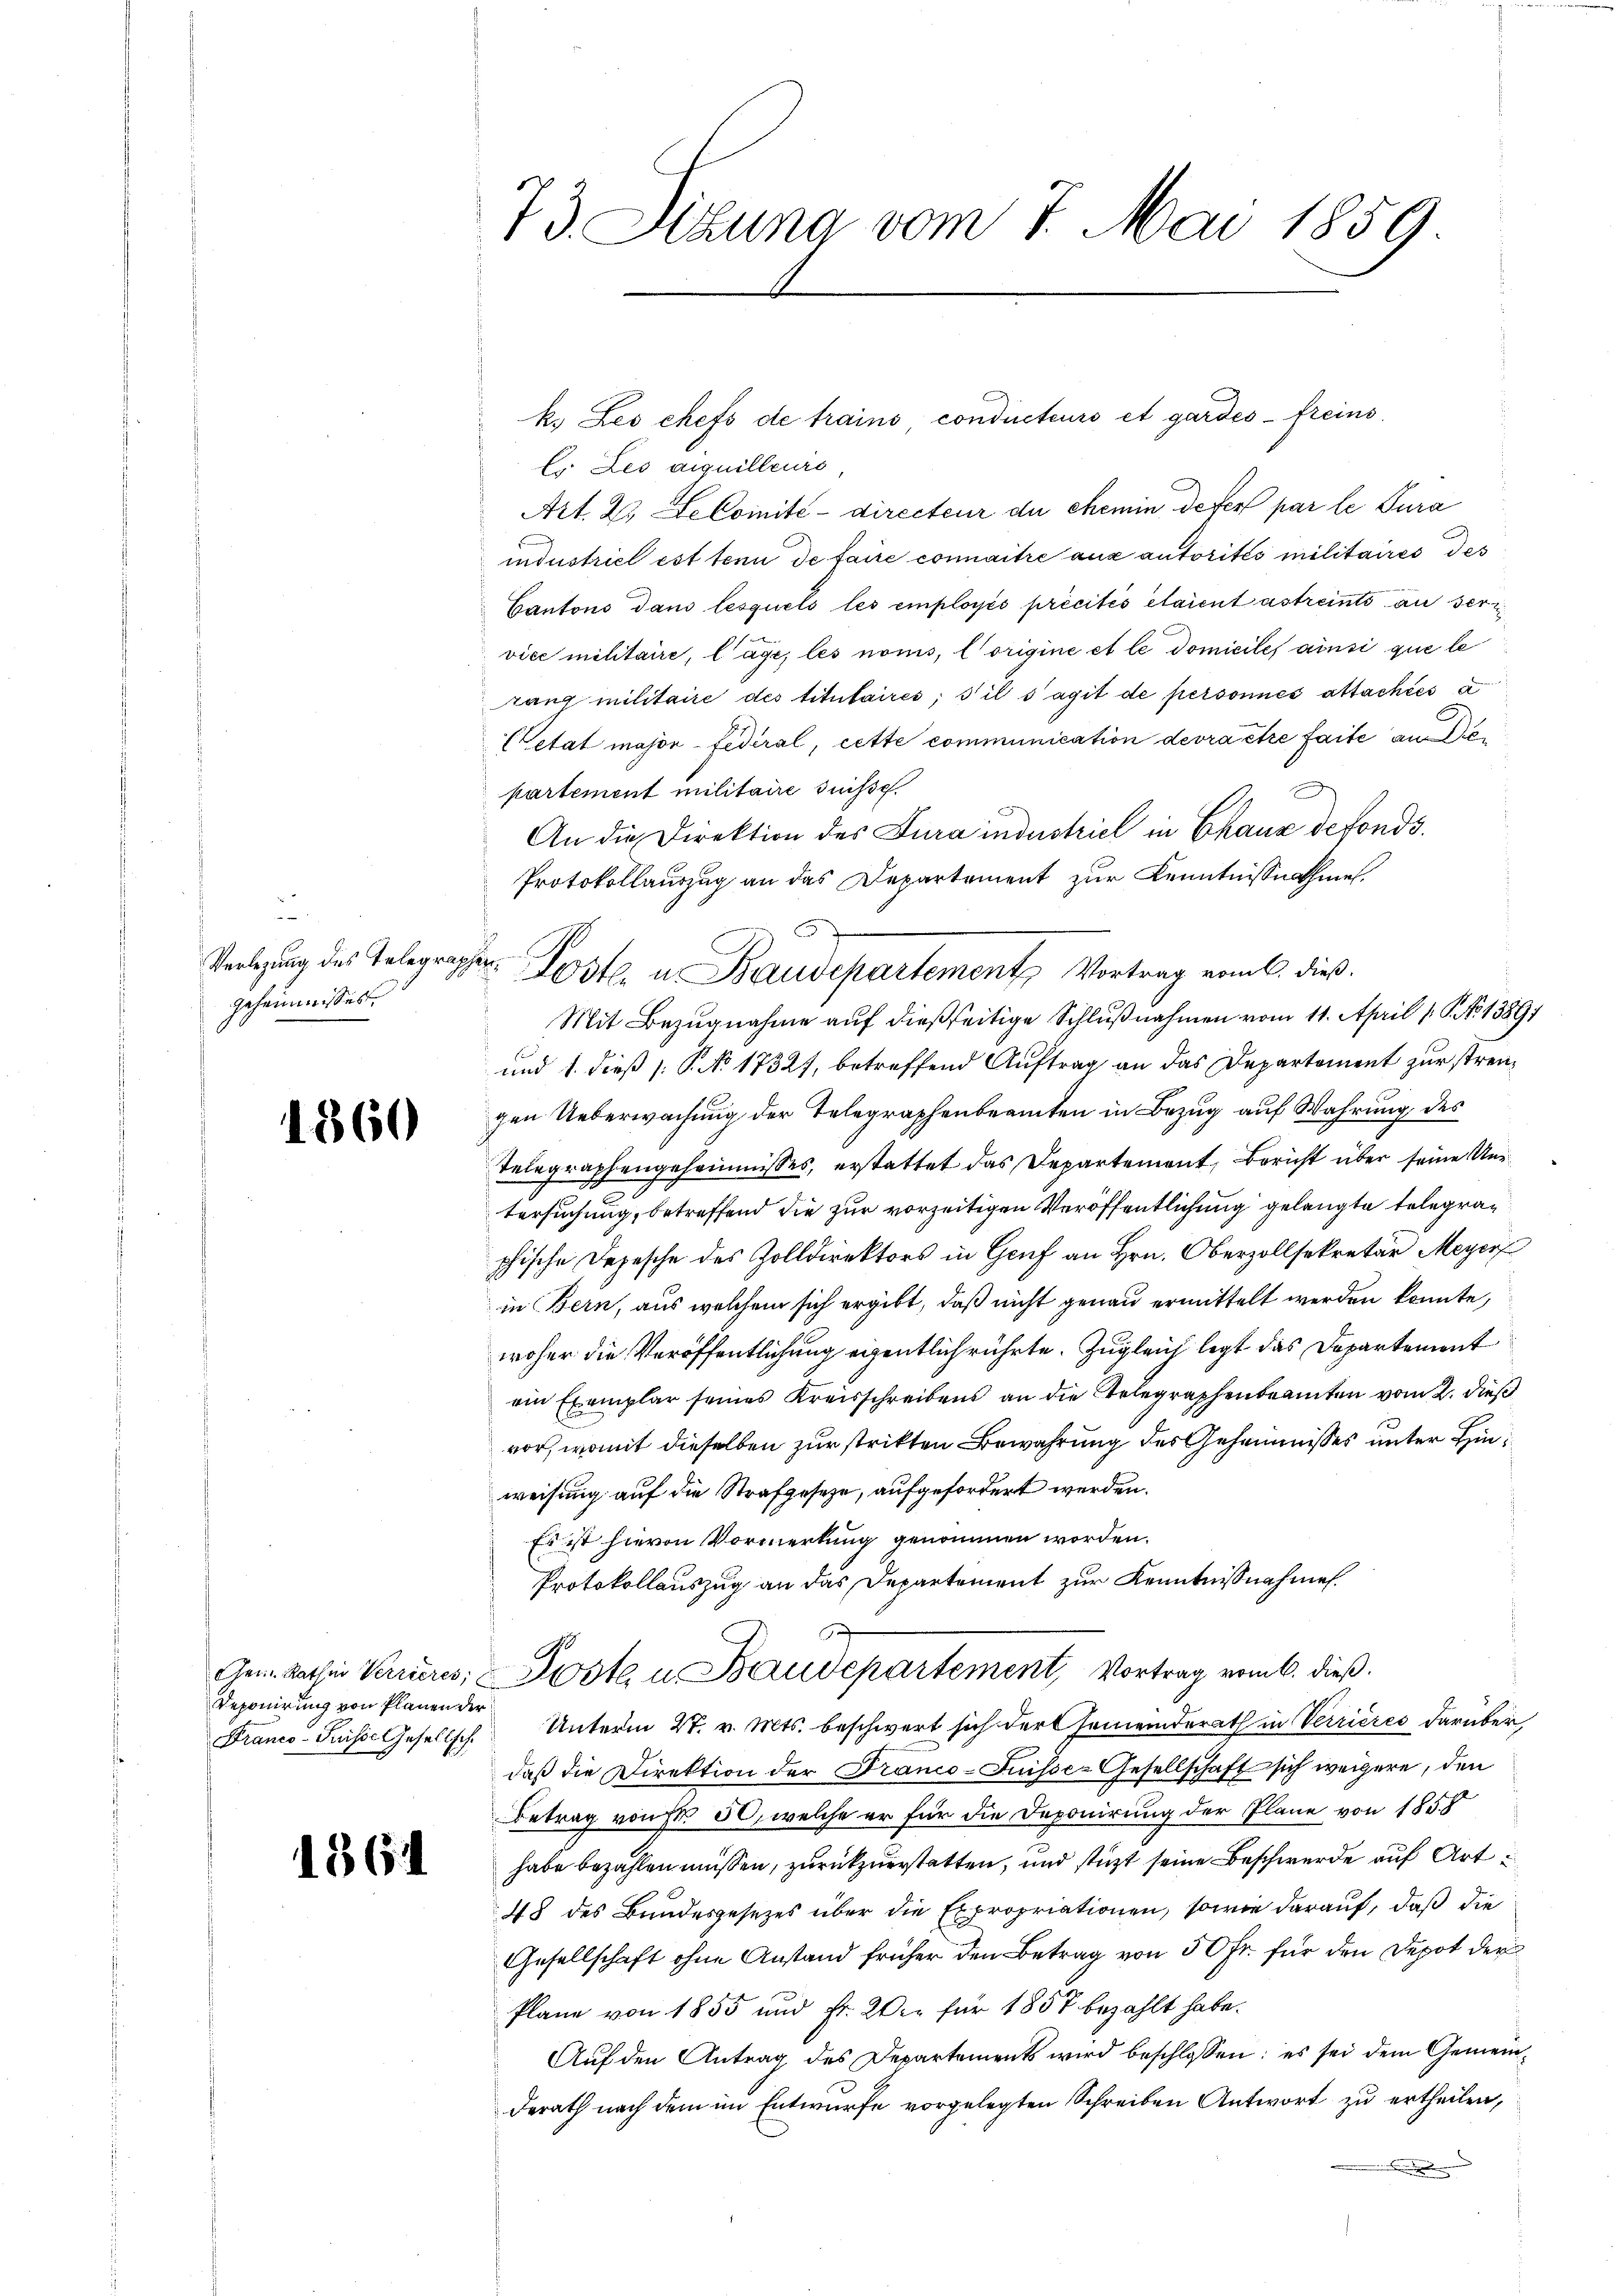
u
Verlegung des Telegraph
geheimnisses.

1860

Reponirung von Planen der

136

M
g
73. Sizung vom 1. Mai 1859.

Es. Les aiquilleurs
Art. 2. Se Comité-directeur du chemin defer par le Jura
industriel est tenu de faire connaitre aux autorités militaires des
Cantons dans lesquels les employés précités étaient astreints an ser
vice militaire, läge; les noms, origine et le domicile, ainsi que le
rang militaire des titulaires; s’il s’agit de personnes attachtes u
Cetat major Federal, cette communication devra être faite an Departement militaire suisse.
An die Direktion des Jura industriel in Chaux defonds¬
Protokollauszug an das Departement zur Kenntnissnathes.
Mit Bezugnahme auf dießseitige Schlußnahmen vom 11. April 1. No 13891
und 1. dieß (: P. No 17327, betreffend Auftrag an das Departement zur strengen Ueberwachung der Telegraphenbeamten in Bezug auf Wahrung des
Telegraphengeheimnisses, erstattet das Departement, Bericht über seine Untersuchung, betreffend die zur vorzeitigen Veröffentlichung gelangte Telegraphische Depesche des Zolldirektors in Genf an Hrn. Oberzollsekretär Meyer
in Bern, aus welchem sich ergibt, daß nicht genau ermittelt werden konnte,
woher die Veröffentlichung eigentlich rührte. Zugleich legt das Departement
ein Exemplar seines Kreisschreibens an die Gelegraphenbeamten vom 2. dieß
vor, womit dieselben zur strikten Bewahrung des Geheimnisses unter Hinweisung auf die Strafgesetze, aufgefordert werden.
Es ist hievon Vormerkung genommen worden.
Protokollauszug an das Departement zur Kenntnisnahme
.
Gem. Rathen Verrieres, Posta u Baudepartement, Vortrag vom 6. dieß.
Franco-Suisse Gesellsch. Unterm 27. v. Mts. beschwert sich der Gemeinderath in Verrières darüber,
daß die Direktion der Franco-Fuisse-Gesellschaft sich weigere, den
Betrag vonst 50, welche er für die Deponirung der Pläne von 1858
habe bezahlen müssen, zurückzuerstatten, und stützt seine Beschwerde auf Art u
48 des Bundesgesezes über die Expropriationen, sowie darauf, daß die
Gesellschaft ohne Anstand früher den Betrag von 50 Fr. für den Depot der
Plane von 1855 und Fr. Wir für 1857 bezahlt habe.
Auf den Antrag des Departements wird beschlossen: es sei dem Gemeinderath nach dem im Entwurfe vorgelegten Schreiben Antwort zu ertheilen,

n Loste. u. Baudepartement Vortrag vom 6. dieß.

k. Les chefs de trains condirecteurs et gardes freins